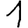
Digit: 1